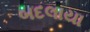
બદલાયા